Annual report of the Prince of Wales Medical College, Patna
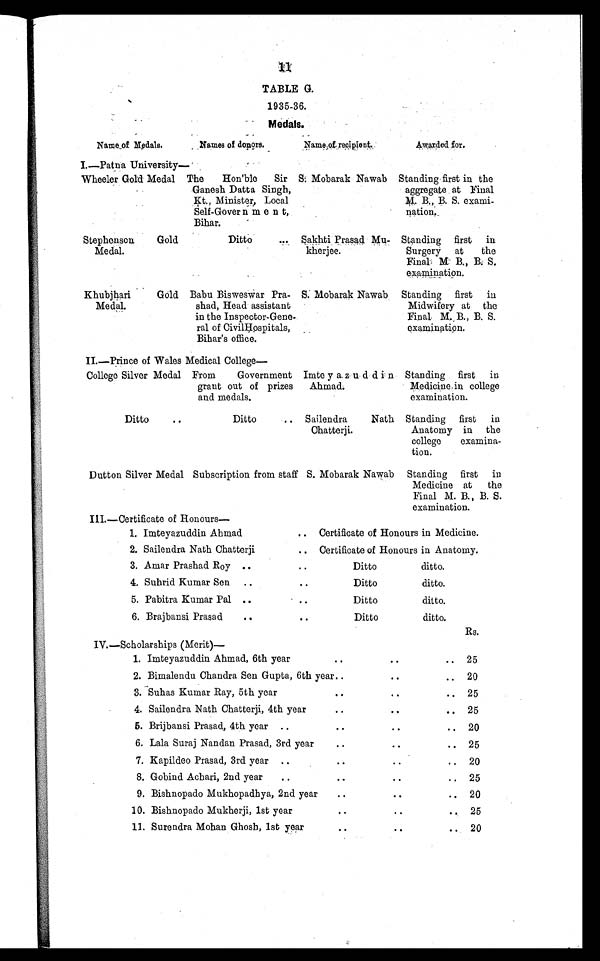
11
TABLE G.
1935-36.
Medals.
Name of Medals.
Names of donors.
Name of recipient.
Awarded for.
I—Patna University—
Wheeler Gold Medal The
Hon'ble
Sir
Ganesh Datta Singh,
Kt., Minister, Local
Self-Government,
Bihar.
S. Mobarak Nawab Standing first in the
aggregate at Final
M. B., B. S. exami-
n a t i o n .
Stephenson
Gold
Medal.
Ditto
. . . Sakhti Prasad Mu-
kherjee.
Standing first in
Surgery at
the
Final M B., B. S.
examination.
Khubjhari
Gold
Medal.
Babu Bisweswar Pra-
shad, Head assistant
in the Inspector-Gene-
ral of Civil Hospitals,
Bihar's office.
S. Mobarak Nawab Standing first in
Midwifery at the
Final M. B., B. S.
examination.
I I . — P r i n c e o f W a l e s M e d i c a l C o l l e g e —
College Silver Medal From
Government
grant out of prizes
and medals,
Imte y a z u d d i n
Ahmad.
Standing first in
Medicine in college
examination.
Ditto
. .
Ditto
.. Sailendra
Nath
Chatterji.
Standing first in
Anatomy in the
college
examina-
tion.
Dutton Silver Medal Subscription from staff S. Mobarak Nawab Standing first in
Medicine at the
Final M. B., B. S.e x a
mi nat i on.
III.—Certificate of Honours
—
1. Imteyazuddin Ahmad
.. Certificate of Honours in Medicine.
2. Sailendra Nath Chatterji
.. Certificate of Honours in Anatomy.
3. Amar Prashad Roy ..
. .
Ditto
ditto.
4. Suhrid Kumar Sen ..
. .
Ditto
ditto.
5. Pabitra Kumar Pal ..
..
Ditto
ditto.
6. Brajbansi Prasad
. .
..
Ditto
ditto.
Rs.
IV.—Scholarships (Merit)—
1. Imteyazuddin Ahmad, 6th year
..
. .
. .
25
2. Bimalendu Chandra Sen Gupta, 6th year ..
..
.. 20
3. Suhas Kumar Ray, 5th year
..
..
..
25
4. Sailendra Nath Chatterji, 4th year
..
. .
..
25
5. Brijbansi Prasad, 4th year
..
..
..
20
6. Lala Suraj Nandan Prasad, 3rd year
..
..
..
25
7. Kapildeo Prasad, 3rd year
..
. .
..
20
8. Gobind Achari, 2nd year
..
. .
..
25
9. Bishnopado Mukhopadhya, 2nd year
..
. .
..
20
10. Bishnopado Mukherji, 1st year
..
. .
. . 25
11. Surendra Mohan Ghosh, 1st year
..
..
. . 20